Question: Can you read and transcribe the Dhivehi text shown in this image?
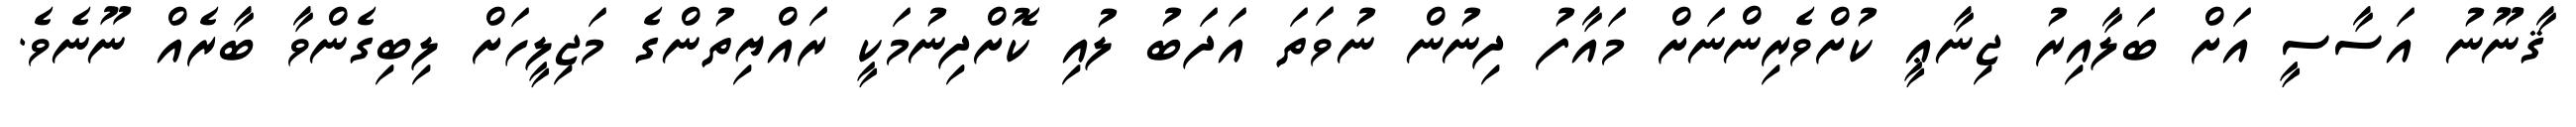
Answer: ޤާނޫނު އަސާސީ އަށް ބަލާއިރު ޖިނާޢީ ކުށްވެރިންނަށް މައާފު ދިނުން ނުވަތަ އަދަބު ލުއި ކޮށްދިނުމަކީ ރައްޔިތުންގެ މަޖިލީހަށް ލިބިގެންވާ ބާރެއް ނޫނެވެ.